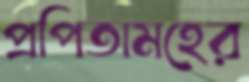
প্রপিতামহের